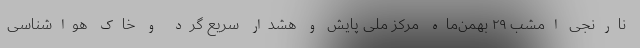
نارنجی امشب ۲۹ بهمن‌ماه مرکز ملی پایش و هشدار سریع گرد و خاک هواشناسی